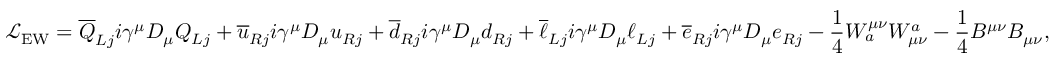
{ \mathcal { L } } _ { \mathrm { E W } } = { \overline { { Q } } } _ { L j } i \gamma ^ { \mu } D _ { \mu } Q _ { L j } + { \overline { { u } } } _ { R j } i \gamma ^ { \mu } D _ { \mu } u _ { R j } + { \overline { { d } } } _ { R j } i \gamma ^ { \mu } D _ { \mu } d _ { R j } + { \overline { { \ell } } } _ { L j } i \gamma ^ { \mu } D _ { \mu } \ell _ { L j } + { \overline { { e } } } _ { R j } i \gamma ^ { \mu } D _ { \mu } e _ { R j } - { \frac { 1 } { 4 } } W _ { a } ^ { \mu \nu } W _ { \mu \nu } ^ { a } - { \frac { 1 } { 4 } } B ^ { \mu \nu } B _ { \mu \nu } ,